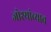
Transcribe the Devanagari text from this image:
जोश्यांच्याच